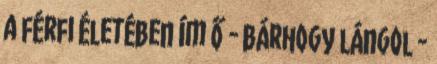
a férfi életében ím ő - bárhogy lángol -